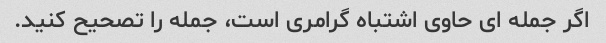
اگر جمله ای حاوی اشتباه گرامری است، جمله را تصحیح کنید.